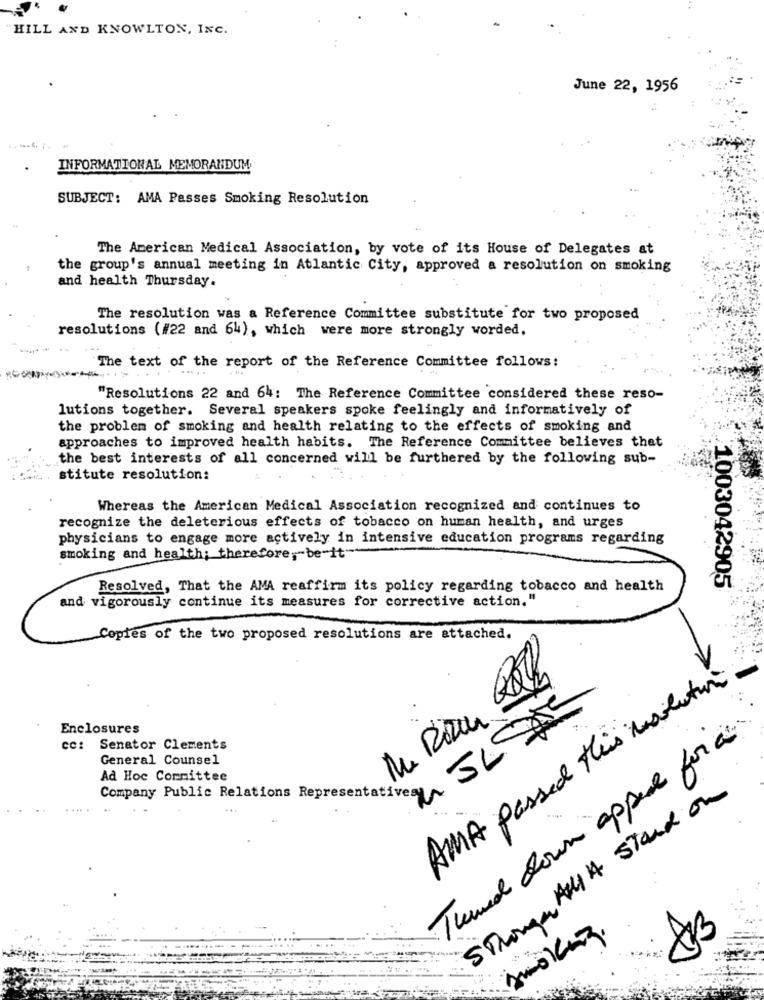
HILL AND KNOWLTON, INC.
June 22, 1956
INFORMATIONAL MEMORANDUM
SUBJECT: AMA Passes Smoking Resolution
The American Medical Association, by vote of its House of Delegates at
the group's annual meeting in Atlantic City, approved a resolution on smoking
and health Thursday.
The resolution was a Reference Committee substitute for two proposed
resolutions (#22 and 64), which were more strongly worded.
The text of the report of the Reference Committee follows:
"Resolutions 22 and 64: The Reference Committee considered these reso-
lutions together. Several speakers spoke feelingly and informatively of
the problem of smoking and health relating to the effects of smoking and
approaches to improved health habits. The Reference Committee believes that
the best interests of all concerned will be furthered by the following sub-
stitute resolution:
Whereas the American Medical Association recognized and continues to
recognize the deleterious effects of tobacco on human health, and urges
physicians to engage more actively in intensive education programs regarding
smoking and health; therefore ,- be-it-
Resolved, That the AMA reaffirm its policy regarding tobacco and health
1003042905
and vigorously continue its measures for corrective action."
Copies of the two proposed resolutions are attached.
V
AMA passed this mailation
Enclosures
Tuund down appeal for at
cc: Senator Clements
General Counsel
Ad Hoc Committee
Company Public Relations Representative: 30
Stronga All A Stand on
.....
...
smoking.